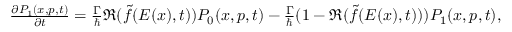
\begin{array} { r } { \frac { \partial P _ { 1 } ( x , p , t ) } { \partial t } = \frac { \Gamma } { \hbar } \Re ( \tilde { f } ( E ( x ) , t ) ) P _ { 0 } ( x , p , t ) - \frac { \Gamma } { \hbar } ( 1 - \Re ( \tilde { f } ( E ( x ) , t ) ) ) P _ { 1 } ( x , p , t ) , } \end{array}